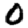
Digit: 0